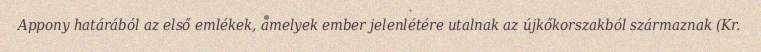
Appony határából az első emlékek, amelyek ember jelenlétére utalnak az újkőkorszakból származnak (Kr.